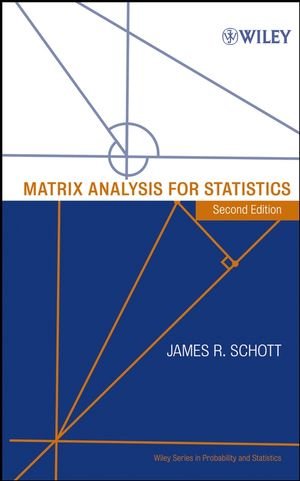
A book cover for Matrix Analysis for Statistics; James R. Schott; Science & Math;